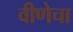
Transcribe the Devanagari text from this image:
वीणेचा